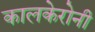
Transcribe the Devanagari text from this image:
कालकेरोनी